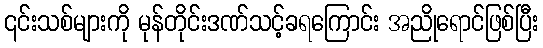
၎င်းသစ်များကို မုန်တိုင်းဒဏ်သင့်ခရကြောင်း အညိုရောင်ဖြစ်ပြီး